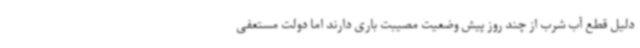
دلیل قطع آب شرب از چند روز پیش وضعیت مصیبت باری دارند اما دولت مستعفی